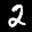
Label: 2